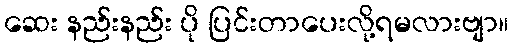
ဆေး နည်းနည်း ပို ပြင်းတာပေးလို့ရမလားဗျာ။